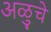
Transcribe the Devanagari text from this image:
अळुचे